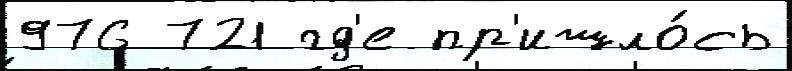
976 721 гд'е пр'ишло́сь